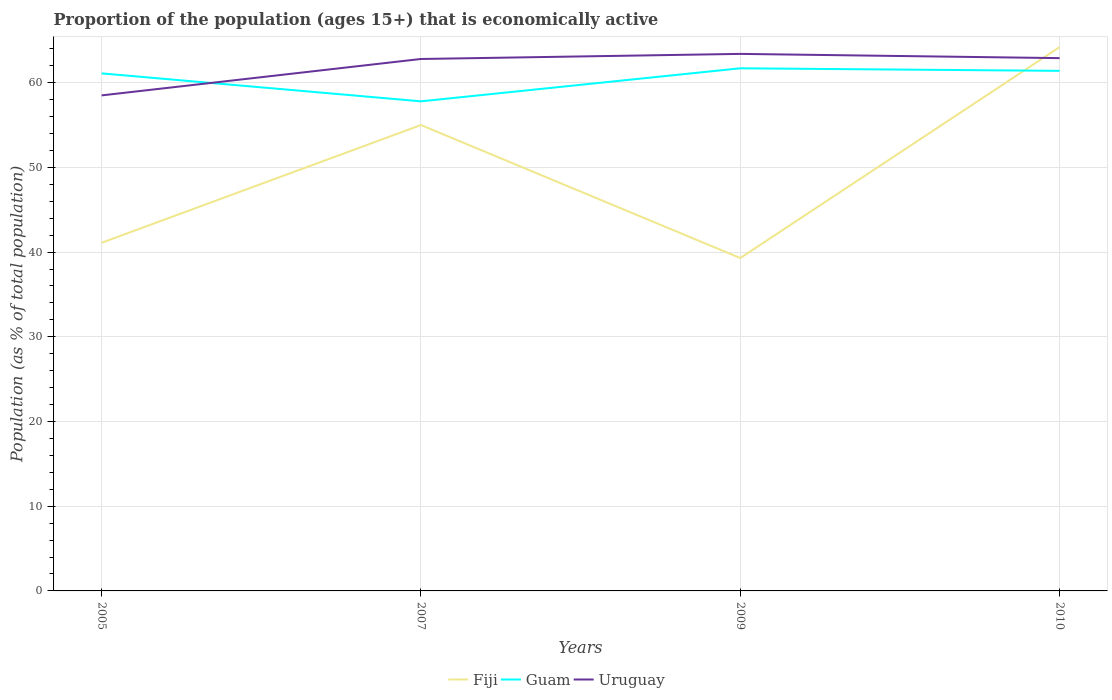
| Years | Fiji | Guam | Uruguay |
 | --- | --- | --- | --- |
 | 2005 | 41.1 | 61.1 | 58.5 |
 | 2007 | 55 | 57.8 | 62.8 |
 | 2009 | 39.3 | 61.7 | 63.4 |
 | 2010 | 64.2 | 61.4 | 62.9 |